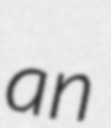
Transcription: an